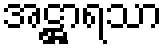
အဋ္ဌာရသာ